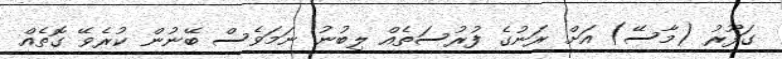
ގަފޫރު (މާސޭ) އަށް ރަނުގެ ފުރުސަތެއް ލިބުނު ނަމަވެސް ބޭނުން ކުރެވޭ ގޮތެއް